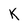
Character: K